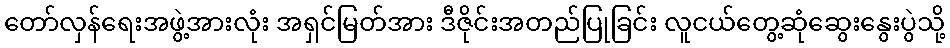
တော်လှန်ရေးအဖွဲ့အားလုံး အရှင်မြတ်အား ဒီဇိုင်းအတည်ပြုခြင်း လူငယ်တွေ့ဆုံဆွေးနွေးပွဲသို့